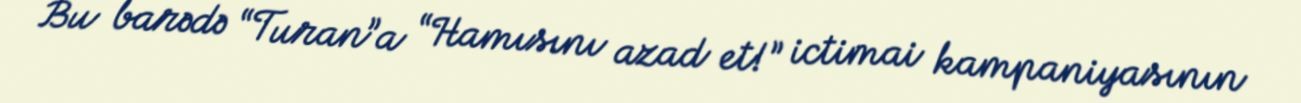
Bu barədə “Turan”a “Hamısını azad et!” ictimai kampaniyasının